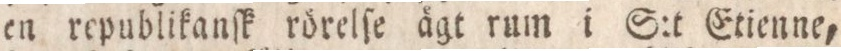
en republikanſk rörelſe ägt rum i S:t Etienne,